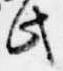
此